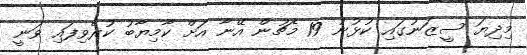
މިދިޔަ ސީޒަނުގައި ކުޅުނު 19 މެޗުން އޭނާ އަށް ކާމިޔާބު ކުރެވިފައި ވަނީ